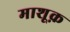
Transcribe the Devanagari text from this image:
माशूक़